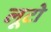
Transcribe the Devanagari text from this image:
लूटो